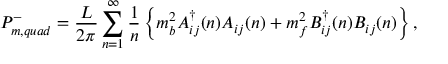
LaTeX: P _ { m , q u a d } ^ { - } = \frac { L } { 2 \pi } \sum _ { n = 1 } ^ { \infty } \frac { 1 } { n } \left\{ m _ { b } ^ { 2 } A _ { i j } ^ { \dag } ( n ) A _ { i j } ( n ) + m _ { f } ^ { 2 } B _ { i j } ^ { \dag } ( n ) B _ { i j } ( n ) \right\} ,